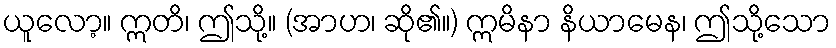
ယူလော့။ ဣတိ၊ ဤသို့။ (အာဟ၊ ဆို၏။) ဣမိနာ နိယာမေန၊ ဤသို့သော